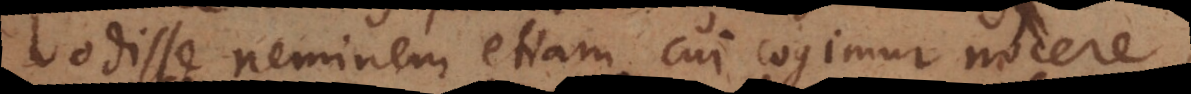
odisse neminem etiam cui cogimur nocere,